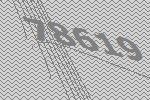
78619